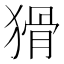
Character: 猾